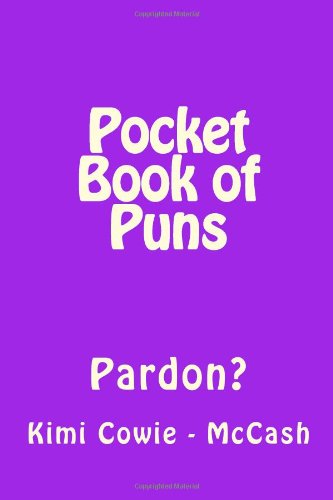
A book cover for Pocket Book of Puns: Pardon?; Mrs Kimi Cowie - McCash; Humor & Entertainment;